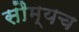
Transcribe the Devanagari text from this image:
सौम्यच